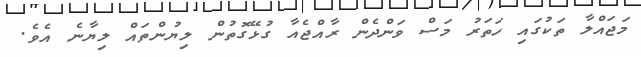
މަޖައްލާ ތަކުގައި ހަތަރު މަސް ވަންދެން ރާއްޖެއާ ގުޅޭގޮތުން ލިޔުންތައް ލިޔާނެ އެވެ.